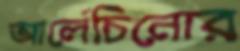
আর্লেচিনোর